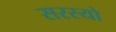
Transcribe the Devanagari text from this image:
सरस्‍यो